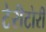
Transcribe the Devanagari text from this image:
टेरीटोरी